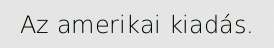
Az amerikai kiadás.